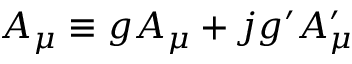
{ \cal A } _ { \mu } \equiv g A _ { \mu } + j g ^ { \prime } A _ { \mu } ^ { \prime }